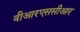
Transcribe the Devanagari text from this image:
वीआरएससीआर